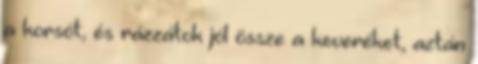
a korsót, és rázzátok jól össze a keveréket, aztán